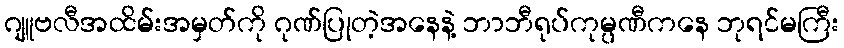
ဂျူဗလီအထိမ်းအမှတ်ကို ဂုဏ်ပြုတဲ့အနေနဲ့ ဘာဘီရုပ်ကုမ္ပဏီကနေ ဘုရင်မကြီး